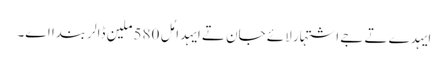
ایہدے تے جے اشتہار لائے جان تے ایہدا مُل 580 ملین ڈالر بندا اے۔